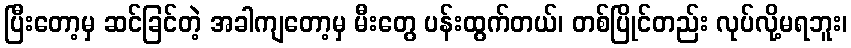
ပြီးတော့မှ ဆင်ခြင်တဲ့ အခါကျတော့မှ မီးတွေ ပန်းထွက်တယ်၊ တစ်ပြိုင်တည်း လုပ်လို့မရဘူး၊